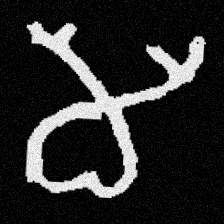
Pyu character \u2014 Myanmar letter: မ (romanized: ma)